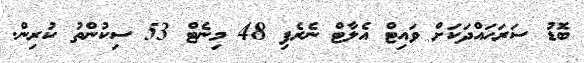
ބޮޑު ސަރަހައްދަކަށް ވައިޓް އެލާޓް ނެރެފި 48 މިނެޓް 53 ސިކުންތު ކުރިން.